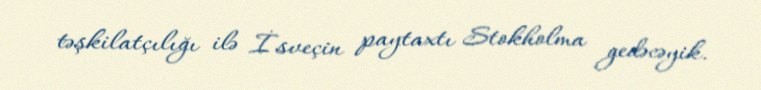
təşkilatçılığı ilə İsveçin paytaxtı Stokholma gedəcəyik.